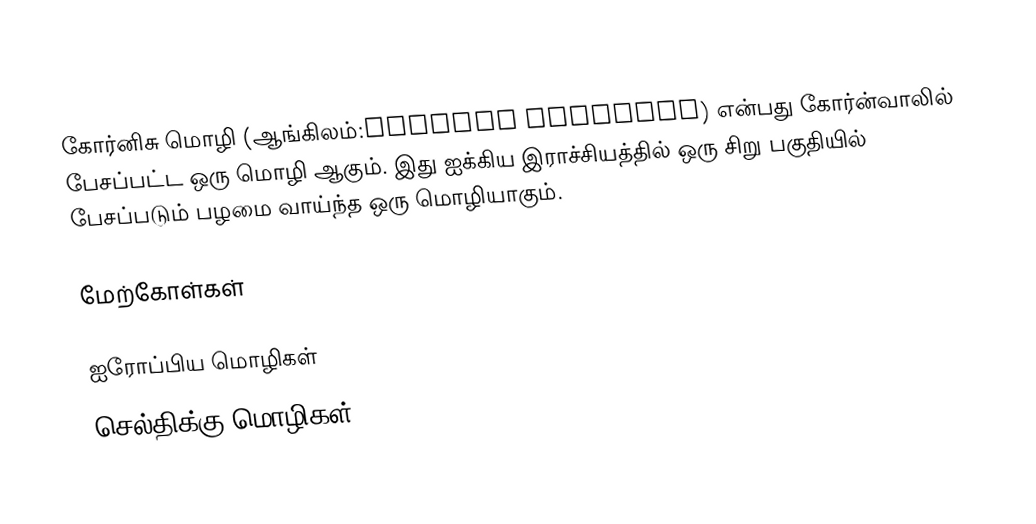
கோர்னிசு மொழி (ஆங்கிலம்:Cornish Language) என்பது கோர்ன்வாலில் பேசப்பட்ட ஒரு மொழி ஆகும். இது ஐக்கிய இராச்சியத்தில் ஒரு சிறு பகுதியில் பேசப்படும் பழமை வாய்ந்த ஒரு மொழியாகும்.

மேற்கோள்கள்

ஐரோப்பிய மொழிகள்
செல்திக்கு மொழிகள்